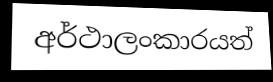
අර්ථාලංකාරයත්